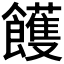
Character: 𩟓